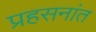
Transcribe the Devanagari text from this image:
प्रहसनांत